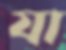
যা